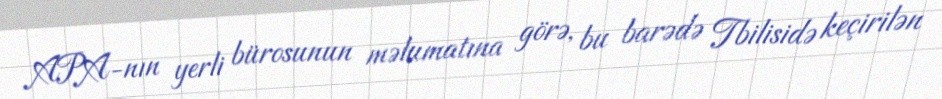
APA-nın yerli bürosunun məlumatına görə, bu barədə Tbilisidə keçirilən